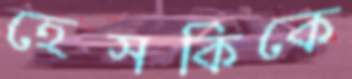
হেসকিকে